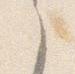
之